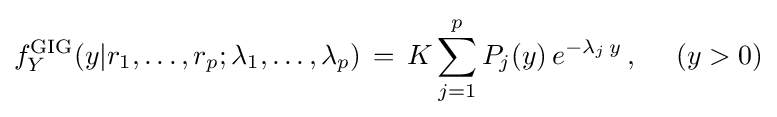
f_{Y}^{\text{GIG}}(y|r_{1},\dots ,r_{p};\lambda _{1},\dots ,\lambda _{p})\,=\,K\sum _{j=1}^{p}P_{j}(y)\,e^{-\lambda _{j}\,y}\,,~~~~(y>0)